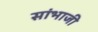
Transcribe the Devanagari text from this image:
सांभाजी